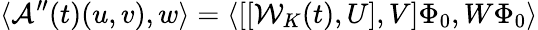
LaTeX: \langle\mathcal{A}^{\prime\prime}(t)(u,v),w\rangle=\langle[[\mathcal{W}_{K}(t),U],V]\Phi_{0},W\Phi_{0}\rangle